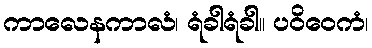
ကာလေနကာလံ၊ ရံခါရံခါ။ ပဝိဝေကံ၊